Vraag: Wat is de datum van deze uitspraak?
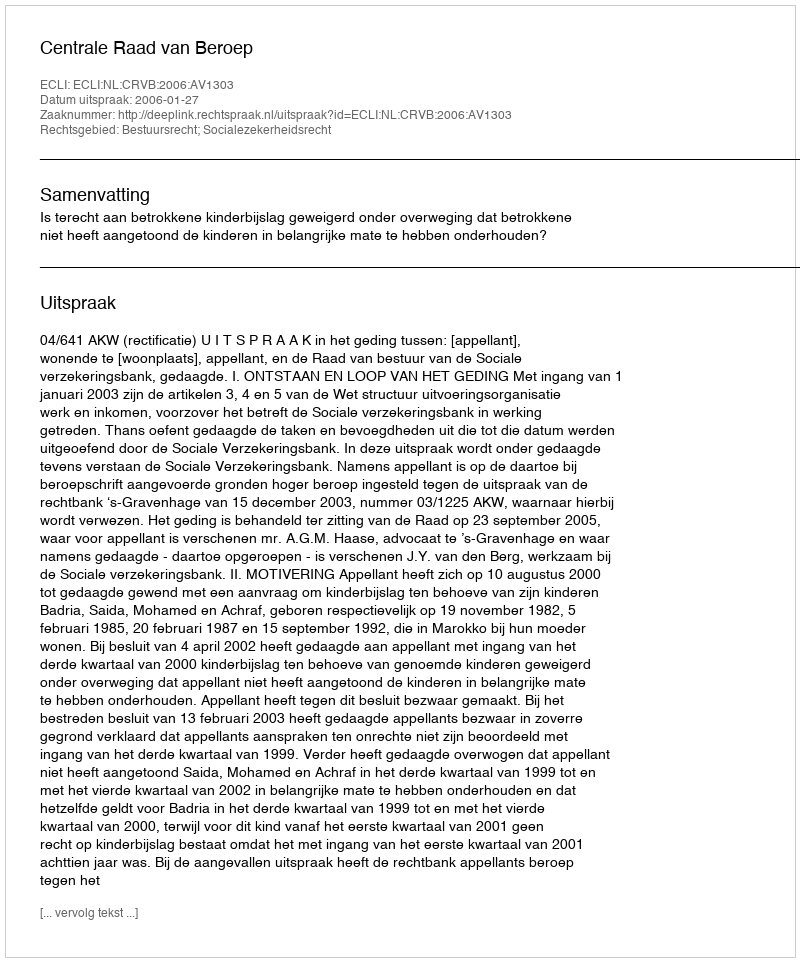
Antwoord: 2006-01-27